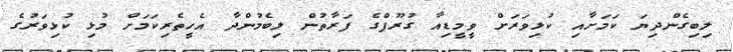
ލިބިގެންދިޔަ ކަމަށާއި ކުޅިވަރަށް ވީމީޑިއާ ގުރޫޕްގެ ފަރާތުން ލިބެމުންދާ އެހީތެރިކަމަށް މުޅި ކުޅިވަރުގެ